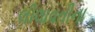
લીલાવતીના